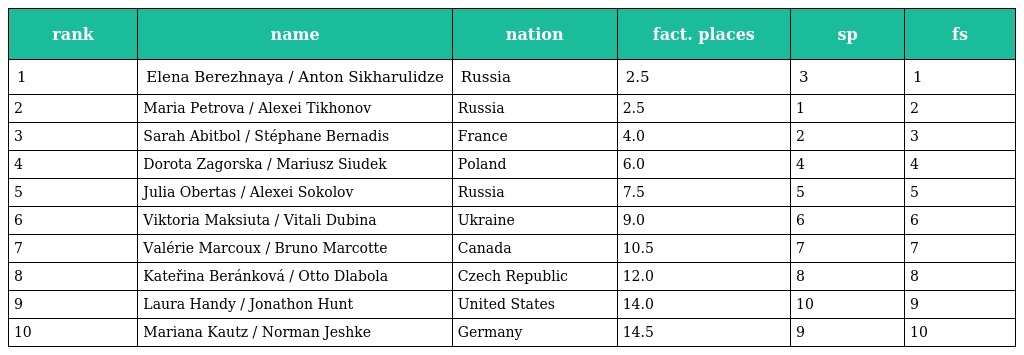
| rank | name | nation | fact. places | sp | fs |
 | --- | --- | --- | --- | --- | --- |
 | 1 | Elena Berezhnaya / Anton Sikharulidze | Russia | 2.5 | 3 | 1 |
 | 2 | Maria Petrova / Alexei Tikhonov | Russia | 2.5 | 1 | 2 |
 | 3 | Sarah Abitbol / Stéphane Bernadis | France | 4.0 | 2 | 3 |
 | 4 | Dorota Zagorska / Mariusz Siudek | Poland | 6.0 | 4 | 4 |
 | 5 | Julia Obertas / Alexei Sokolov | Russia | 7.5 | 5 | 5 |
 | 6 | Viktoria Maksiuta / Vitali Dubina | Ukraine | 9.0 | 6 | 6 |
 | 7 | Valérie Marcoux / Bruno Marcotte | Canada | 10.5 | 7 | 7 |
 | 8 | Kateřina Beránková / Otto Dlabola | Czech Republic | 12.0 | 8 | 8 |
 | 9 | Laura Handy / Jonathon Hunt | United States | 14.0 | 10 | 9 |
 | 10 | Mariana Kautz / Norman Jeshke | Germany | 14.5 | 9 | 10 |